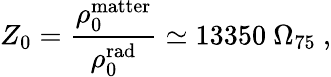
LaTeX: Z_{0}={\frac{\rho_{0}^{\mathrm{matter}}}{\rho_{0}^{\mathrm{rad}}}}\simeq 13350\ \Omega_{75}\ ,